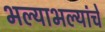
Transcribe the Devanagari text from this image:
भल्याभल्यांचे